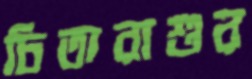
চিতারাশুর